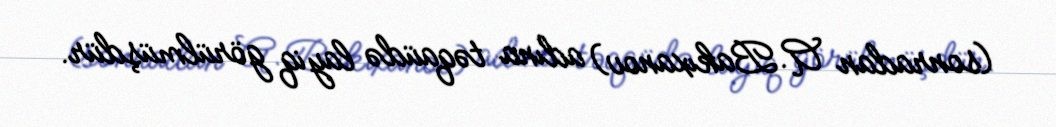
(sonradan A.Bakıxanov) adına təqaüdə layiq görülmüşdür.